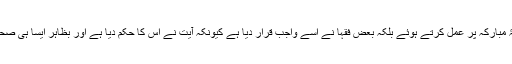
رسولؐ اللہ کے اسوۂ مبارکہ پر عمل کرتے ہوئے بلکہ بعض فقہا نے اسے واجب قرار دیا ہے کیونکہ آیت نے اس کا حکم دیا ہے اور بظاہر ایسا ہی صحیح دکھائی دیتا ہے۔